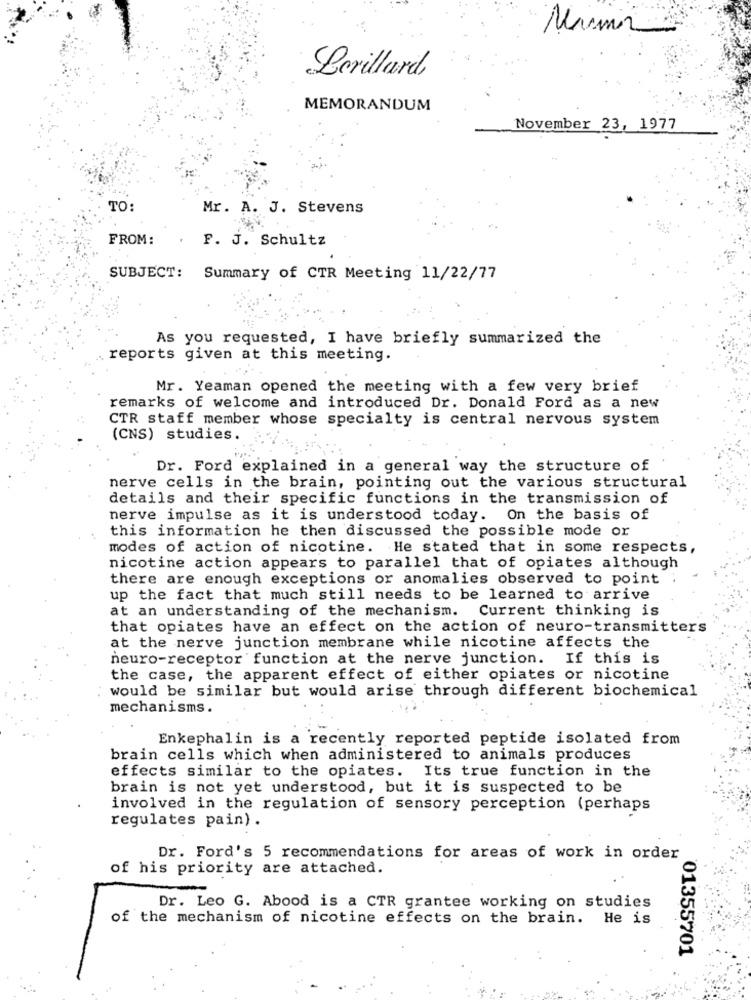
Lorillard
MEMORANDUM
November 23, 1977
TO:
Mr. A. J. Stevens
FROM:
F. J. Schultz
SUBJECT: Summary of CTR Meeting 11/22/77
As you requested, I have briefly summarized the
reports given at this meeting.
Mr. Yeaman opened the meeting with a few very brief
remarks of welcome and introduced Dr. Donald Ford as a new
CTR staff member whose specialty is central nervous system
(CNS) studies.
Dr. Ford explained in a general way the structure of
nerve cells in the brain, pointing out the various structural
details and their specific functions in the transmission of
nerve impulse as it is understood today. On the basis of
this information he then discussed the possible mode or
modes of action of nicotine. He stated that in some respects,
nicotine action appears to parallel that of opiates although
there are enough exceptions or anomalies observed to point
up the fact that much still needs to be learned to arrive
at an understanding of the mechanism. Current thinking is
that opiates have an effect on the action of neuro-transmitters
at the nerve junction membrane while nicotine affects the
neuro-receptor function at the nerve junction. If this is
the case, the apparent effect of either opiates or nicotine
would be similar but would arise through different biochemical
mechanisms.
Enkephalin is a recently reported peptide isolated from
brain cells which when administered to animals produces
effects similar to the opiates. Its true function in the
brain is not yet understood, but it is suspected to be
involved in the regulation of sensory perception (perhaps
regulates pain).
Dr. Ford's 5 recommendations for areas of work in order
of his priority are attached.
Dr. Leo G. Abood is a CTR grantee working on studies
of the mechanism of nicotine effects on the brain. He is
01355701